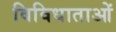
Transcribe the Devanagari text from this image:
विविधाताओं